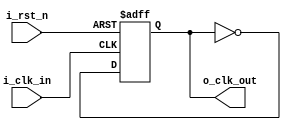
//////////////////////////////////////////////////////////////////////////////////
//==================================================================================
// MIXEL GP 2023 LIBRARY
// Copyright (c) 2023 Mixel, Inc.  All Rights Reserved.
// CONFIDENTIAL AND PROPRIETARY SOFTWARE/DATA OF MIXEL and ASU 2023 GP, INC.
//
// Revision:  
//
// Version : 1.0
// 
// Design Name:  clk_divider 
// Module Name:  clk_divider 
//
//==================================================================================
//
//  STATEMENT OF USE
//
//  This information contains confidential and proprietary information of MIXEL.
//  No part of this information may be reproduced, transmitted, transcribed,
//  stored in a retrieval system, or translated into any human or computer
//  language, in any form or by any means, electronic, mechanical, magnetic,
//  optical, chemical, manual, or otherwise, without the prior written permission
//  of MIXEL.  This information was prepared for Garduation Project purpose and is for
//  use by MIXEL Engineers only.  MIXEL and ASU 2023 GP reserves the right 
//  to make changes in the information at any time and without notice.
//
//==================================================================================
//////////////////////////////////////////////////////////////////////////////////

module clk_divider (
	                input   wire    i_clk_in   ,  // XC7S15 FTGB196ABX FPGA Clk >> 100 MHZ (10 ns) 
	                input   wire    i_rst_n    ,
	                output  reg     o_clk_out );  // output divided clk by 2 >> 50 MHZ (20 ns)


always @(posedge i_clk_in or negedge i_rst_n)
  begin: clk_divider_by_2

    if(!i_rst_n)
      begin 
        o_clk_out <= 1'b0 ;
      end 

    else 
      begin 
        o_clk_out <= ~o_clk_out;  // delay of one clock cycle will be done by default so no need to count 
      end 

  end

endmodule